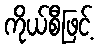
ကိုယ်စီဖြင့်